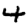
Digit: 4